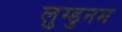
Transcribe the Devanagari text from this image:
लुग्डुनम